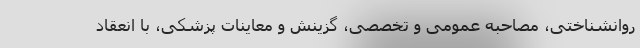
روانشناختی، مصاحبه عمومی و تخصصی، گزینش و معاینات پزشکی، با انعقاد